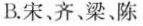
B.宋、齐、梁、陈